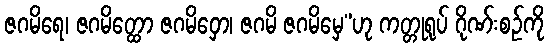
ဇဂမိရေ၊ ဇဂမိတ္ထော ဇဂမိဝှော၊ ဇဂမိ ဇဂမိမှေ”ဟု ကတ္တုရုပ် ဂိုဏ်းစဉ်ကို